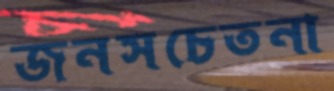
জনসচেতনা